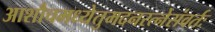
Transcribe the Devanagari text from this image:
आशौचमध्येतुमदनरत्नेसंवर्तः